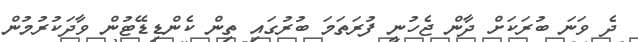
ދެ ވަނަ ބުރަކަށް ދާން ޖެހުނީ ފުރަތަމަ ބުރުގައި ތިން ކެންޑިޑޭޓުން ވާދަކުރުމުން